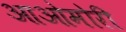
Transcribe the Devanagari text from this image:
आओमोरी